Scientific memoirs by medical officers of the Army of India - Part X,
Year: 1897
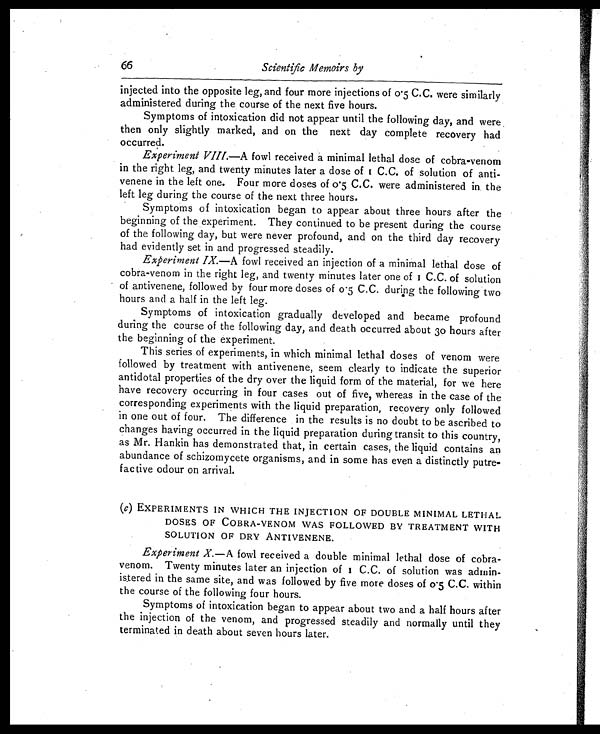
66
Scientific Memoirs by
injected into the opposite leg, and four more injections of 0.5 C.C. were similarly
administered during the course of the next five hours.
Symptoms of intoxication did not appear until the following day, and were
then only slightly marked, and on the next day complete recovery had
occurred.
Experiment VIII.—A fowl received a minimal lethal dose of cobra-venom
in the right leg, and twenty minutes later a dose of 1 C.C. of solution of anti-
venene in the left one. Four more doses of 0.5 C.C. were administered in the
left leg during the course of the next three hours.
Symptoms of intoxication began to appear about three hours after the
beginning of the experiment. They continued to be present during the course
of the following day, but were never profound, and on the third day recovery
had evidently set in and progressed steadily.
Experiment IX. —A fowl received an injection of a minimal lethal dose of
cobra-venom in the right leg, and twenty minutes later one of 1C . C . o f s o l u t i o n
of antivenene, followed by four more doses of 0.5 C.C. during the following two
hours and a half in the left leg.
Symptoms of intoxication gradually developed and became profound
during the course of the following day, and death occurred about 30 hours after
the beginning of the experiment.
This series of experiments, in which minimal lethal doses of venom were
followed by treatment with antivenene, seem clearly to indicate the superior
antidotal properties of the dry over the liquid form of the material, for we here
have recovery occurring in four cases out of five, whereas in the case of the
corresponding experiments with the liquid preparation, recovery only followed
in one out of four. The difference in the results is no doubt to be ascribed to
changes having occurred in the liquid preparation during transit to this country,
as Mr. Hankin has demonstrated that, in certain cases, the liquid contains an
abundance of schizomycete organisms, and in some has even a distinctly putre-
factive odour on arrival.
(c) EXPERIMENTS IN WHICH THE INJECTION OF DOUBLE MINIMAL LETHAL
DOSES OF COBRA-VENOM WAS FOLLOWED BY TREATMENT WITH
SOLUTION OF DRY ANTIVENENE.
Experiment X. —A fowl received a double minimal lethal dose of cobra-
venom. Twenty minutes later an injection of 1 C.C. of solution was admin-
istered in the same site, and was followed by five more doses of 0.5 C.C. within
the course of the following four hours.
Symptoms of intoxication began to appear about two and a half hours after
the injection of the venom, and progressed steadily and normally until they
terminated in death about seven hours later.